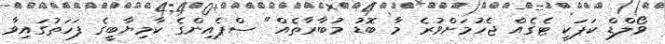
ވޯލްޑް ކަޕަކީ ޓެގެއް ޖެހުމަށްވުރެ މާ ބޮޑު މުބާރާތެއް" ސްޕެއިންގެ ކާމިޔާބީގެ ފަހަތުގައިވާ